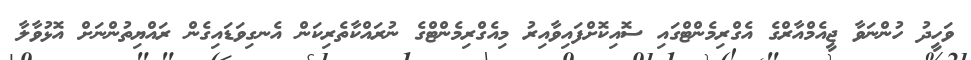
ވަހީދު ހުންނަވާ ޖީއެމްއާރްގެ އެގްރިމެންޓްގައި ސޮއިކޮށްފައިވާއިރު މިއެގްރިމެންޓްގެ ނުރައްކާތެރިކަން އެނގިވަޑައިގެން ރައްޔިތުންނަށް އޮޅުވާލާ